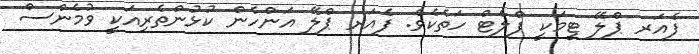
ފެއަރ ޕްލޭ ޓީމަކީ ފްލެޓް ހަތެކެވެ. ފެއަރ ޕްލޭ އަންހެން ކުޅުންތެރިއަކީ ވުމެންސް